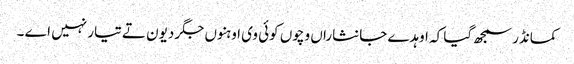
کمانڈر سمجھ گیا کہ اوہدے جانثاراں وچوں کوئی وی اوہنوں جگر دیون تے تیار نہیں اے ۔